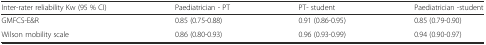
<table><thead><tr><td><b>Inter-rater reliability Kw (95 % CI)</b></td><td><b>Paediatrician - PT</b></td><td><b>PT- student</b></td><td><b>Paediatrician -student</b></td></tr></thead><tbody><tr><td>GMFCS-E&amp;R</td><td>0.85 (0.75-0.88)</td><td>0.91 (0.86-0.95)</td><td>0.85 (0.79-0.90)</td></tr><tr><td>Wilson mobility scale</td><td>0.86 (0.80-0.93)</td><td>0.96 (0.93-0.99)</td><td>0.94 (0.90-0.97)</td></tr></tbody></table>